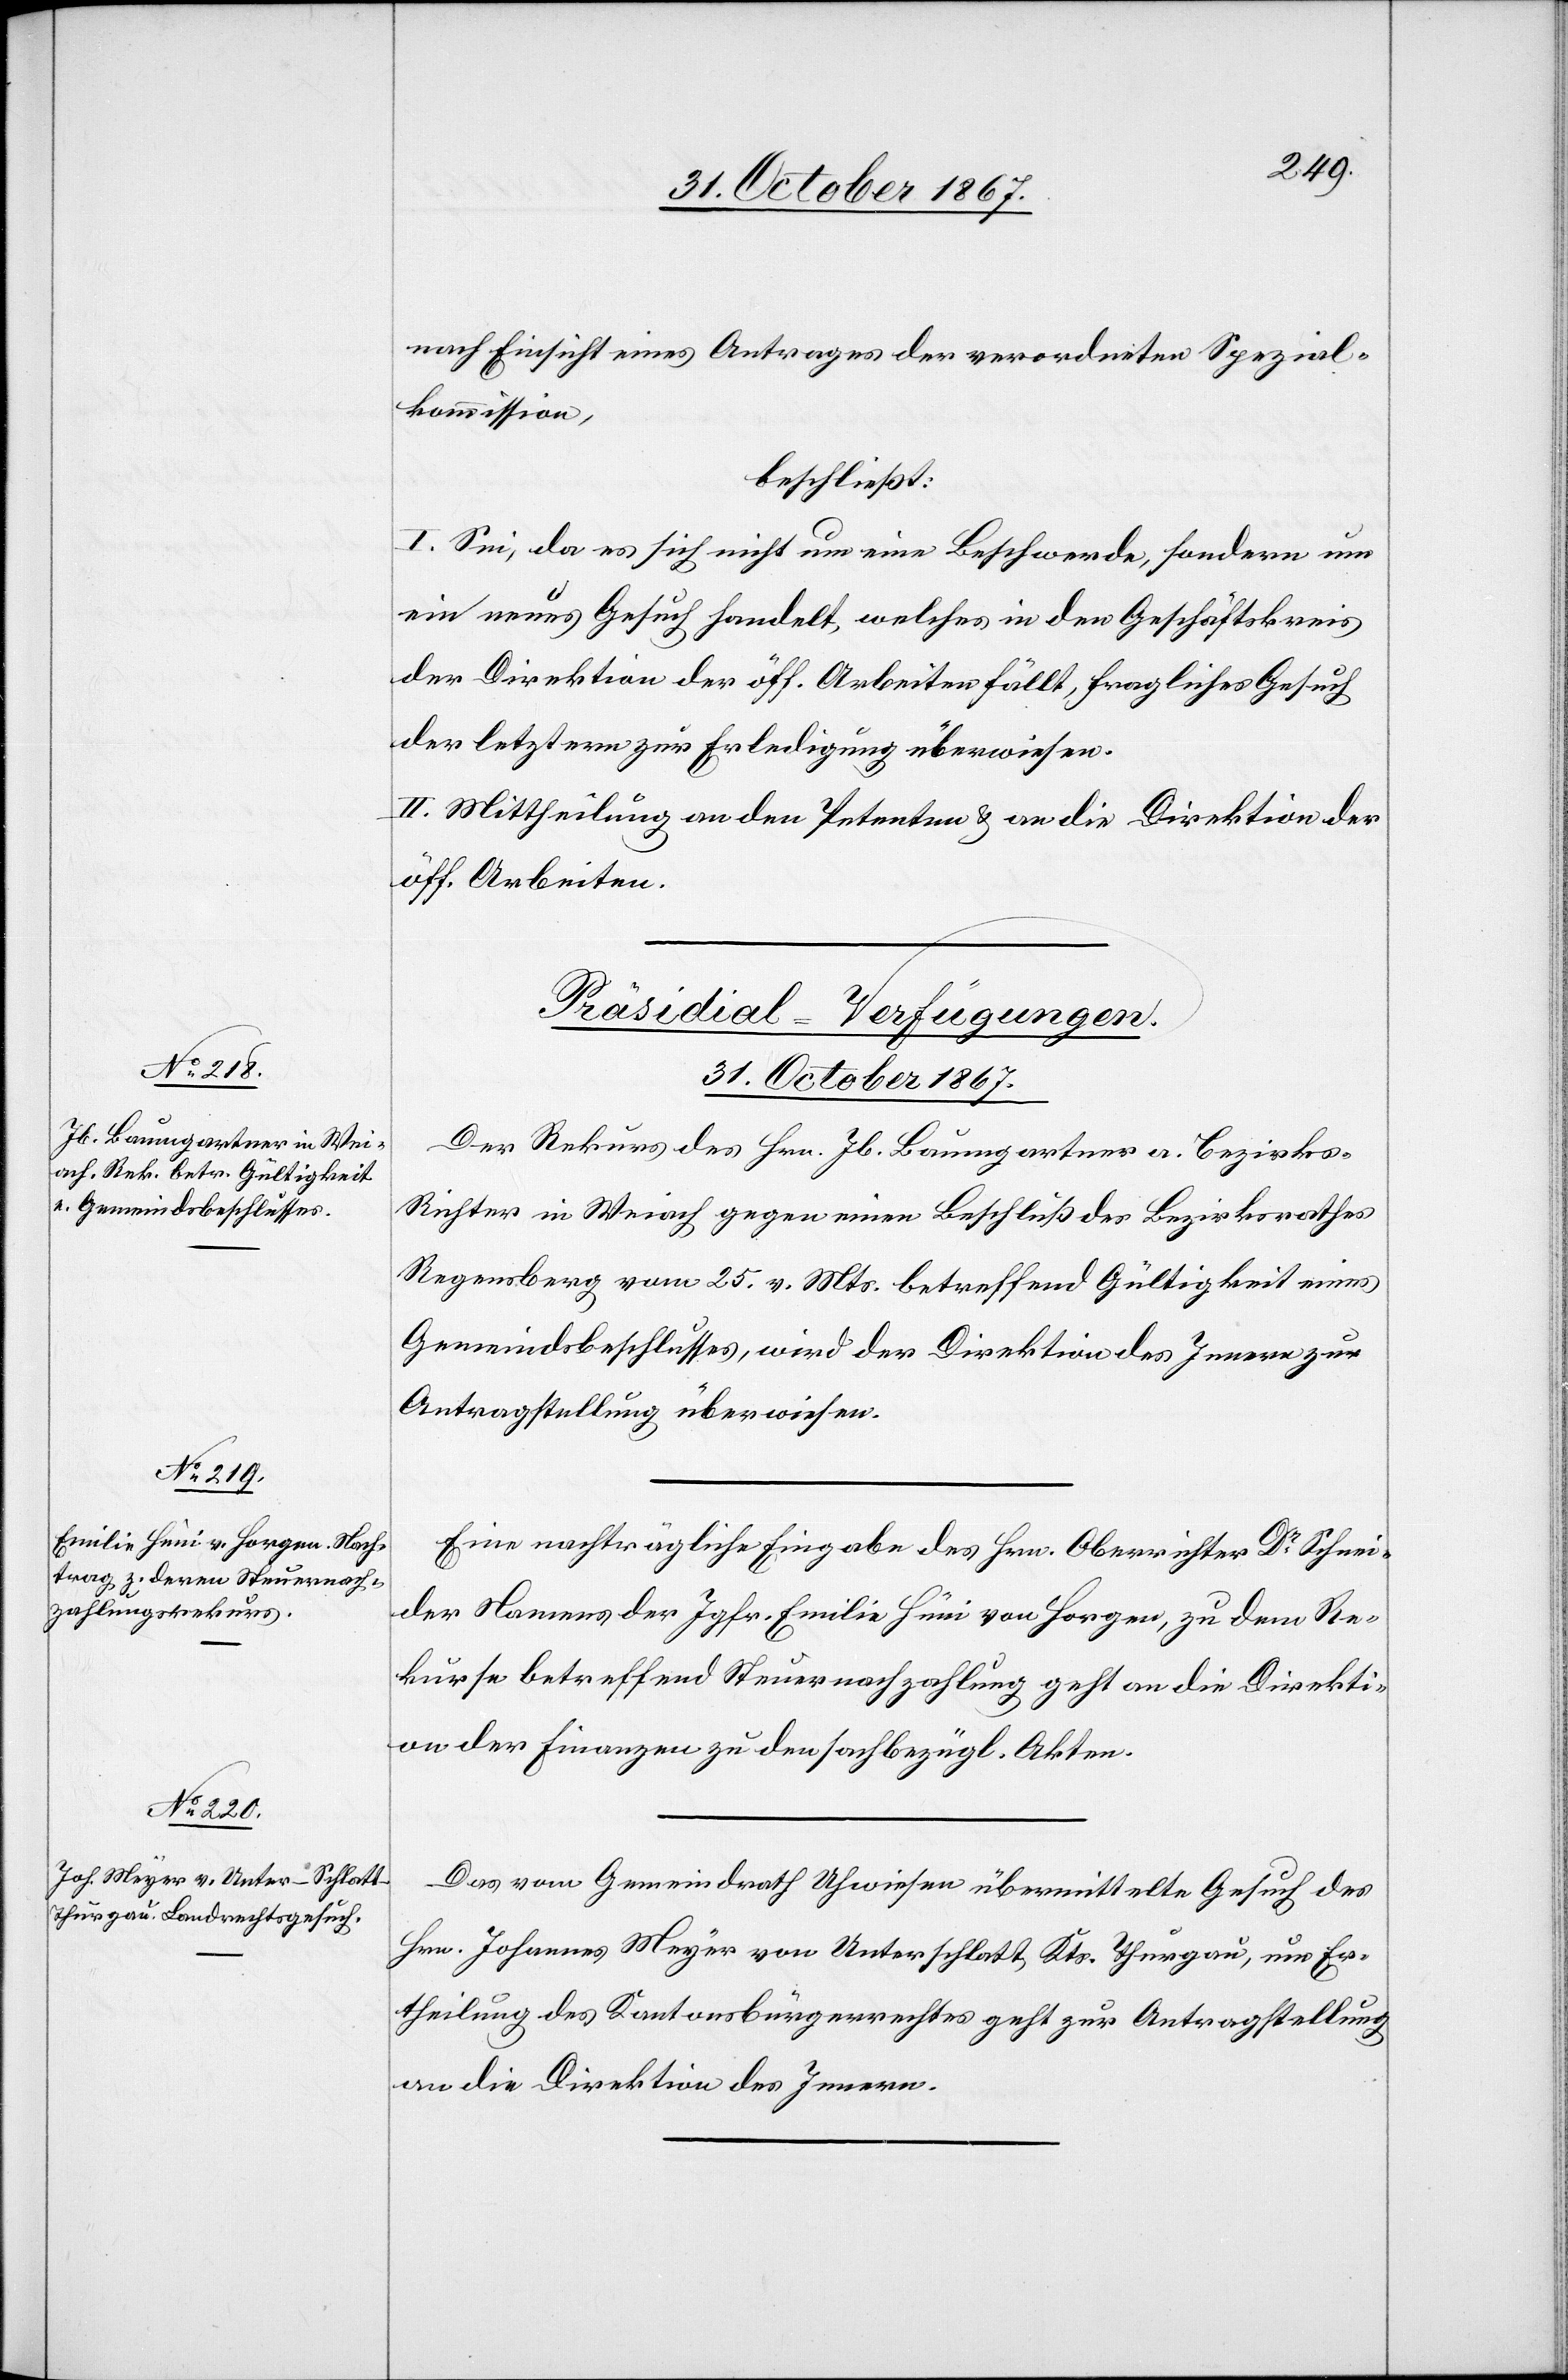
31. October 1867.]
nach Einsicht eines Antrages der verordneten Spezial¬
kommission,
beschließt:
I. Sei, da es sich nicht um eine Beschwerde, sondern um
ein neues Gesuch handelt, welches in den Geschäftskreis
der Direktion der öff. Arbeiten fällt, fragliches Gesuch
der letztern zur Erledigung überwiesen.
II. Mittheilung an den Petenten u. an die Direktion der
öff. Arbeiten.
[Präsidial-Verfügungen.
31. October 1867.
Der Rekurs des Hrn. Jb. Baumgartner a. Bezirks-R¬
ichter in Weiach gegen einen Beschluß des Bezirksrathes
Regensberg vom 25. v. Mts. betreffend Gültigkeit eines
Gemeindsbeschlusses, wird der Direktion des Innern zur
Antragstellung überwiesen.
Eine nachträgliche Eingabe des Hrn. Oberrichter Dr Schnei¬
der Namens der Jgfr. Emilie Hüni von Horgen, zu dem Re¬
kurse betreffend Steuernachzahlung geht an die Direkti¬
on der Finanzen zu den sachbzügl. Akten.
Das vom Gemeindrath Uhwiesen übermittelte Gesuch des
Hrn. Johannes Meyer von Unterschlatt, Kts. Thurgau, um Er¬
theilung des Kantonsbürgerrechtes geht zur Antragstellung
an die Direktion des Innern.